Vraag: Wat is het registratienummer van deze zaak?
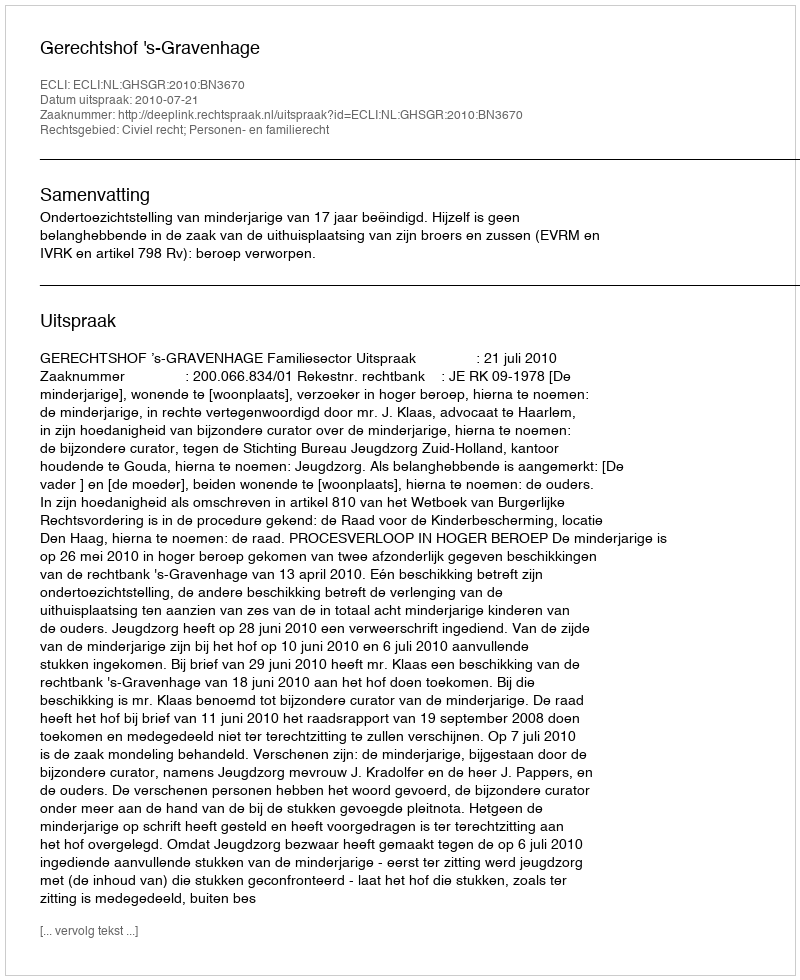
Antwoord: http://deeplink.rechtspraak.nl/uitspraak?id=ECLI:NL:GHSGR:2010:BN3670